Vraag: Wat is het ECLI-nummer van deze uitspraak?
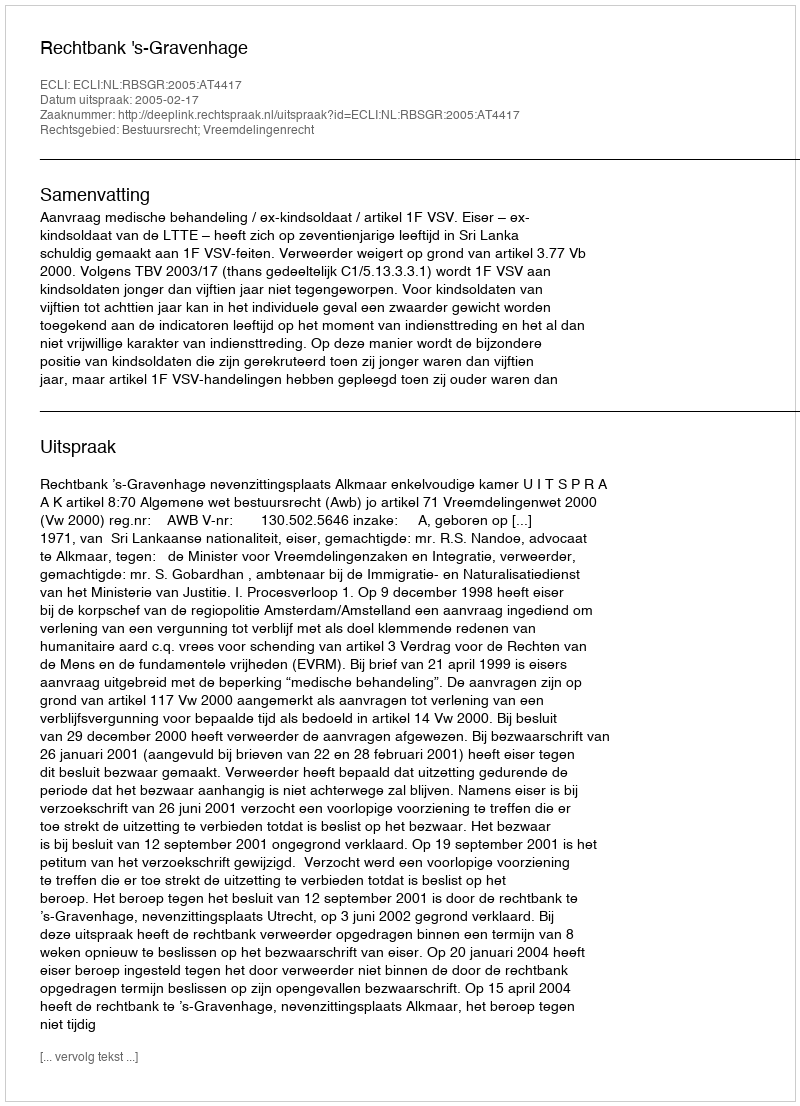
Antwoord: ECLI:NL:RBSGR:2005:AT4417